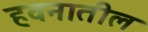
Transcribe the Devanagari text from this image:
हवनातील